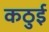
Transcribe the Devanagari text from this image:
कठुई